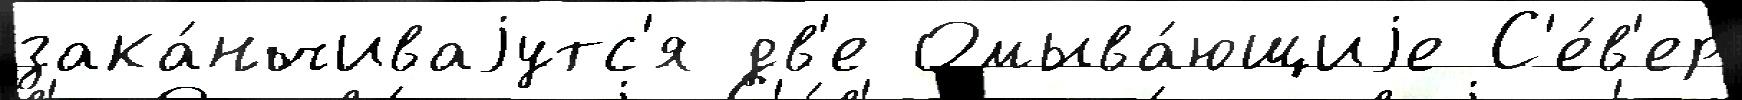
зака́нчиваjутс'я дв'е Омыва́ющиjе С'е́в'ер